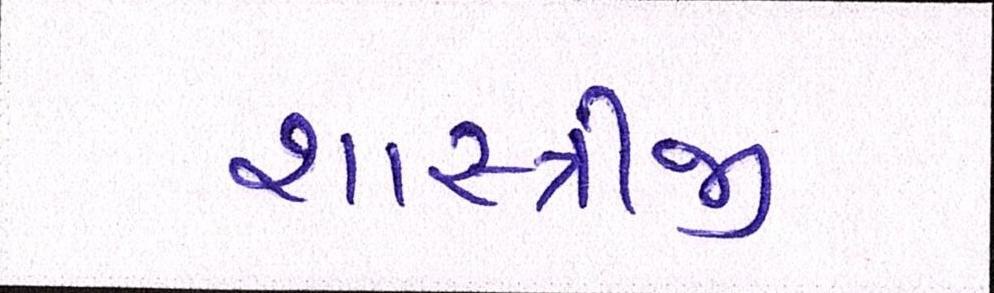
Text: શાસ્ત્રીજી